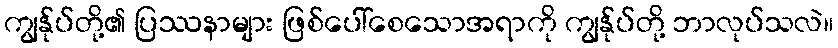
ကျွန်ုပ်တို့၏ ပြဿနာများ ဖြစ်ပေါ်စေသောအရာကို ကျွန်ုပ်တို့ ဘာလုပ်သလဲ။